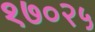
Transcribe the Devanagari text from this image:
१७०२५